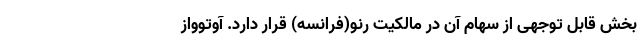
بخش قابل توجهی از سهام آن در مالکیت رنو(فرانسه) قرار دارد. آوتوواز